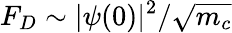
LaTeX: F_{D}\sim\vert\psi(0)\vert^{2}/\sqrt{m_{c}}